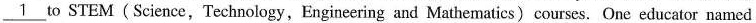
\underline{1} to STEM(Science, Technology, Engineering and Mathematics) courses. One educator named